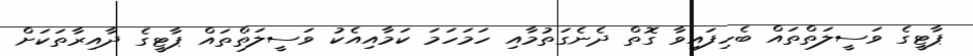
ޕާޓީގެ ވަސީލަތްތައް ބެހިފައިވާ ގޮތް ދެނެގަތުމާއި ހަމަހަމަ ކަމާއިއެކު ވަސީލަތްތައް ޕާޓީގެ ދާއިރާތަކަށް